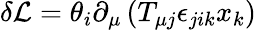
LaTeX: \delta\mathcal{L}=\theta_{i}\partial_{\mu}\left(T_{\mu j}\epsilon_{jik}x_{k}\right)